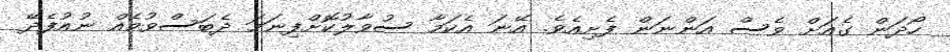
ހޯދަން ގެއަށް ވެސް އަންނަން ފެށިއެވެ. އޭނަ އެކަމާ ސުވާލުކޮށްފިނަމަ ދެބަސްވުމެއް ނުއުފެދޭ